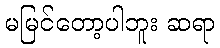
မမြင်တော့ပါဘူး ဆရာ